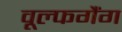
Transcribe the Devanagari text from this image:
वूल्फगैंग